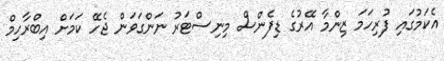
އެކަމުގައި ފުރިހަމަ ޒިންމާ އޭރުގެ ޑިފެންސް މިނިސްޓަރު ނަންގަވަން ޖެހޭ ކަމަށް އިބްރާހިމް